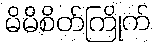
မိမိစိတ်ကြိုက်